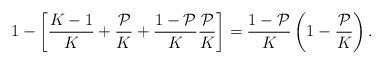
LaTeX: \begin{align*}1-\left[ \frac{K-1}{K}+\frac{\mathcal{P}}{K}+\frac{1-\mathcal{P}}{K}\frac{\mathcal{P}}{K}\right]=\frac{1-\mathcal{P}}{K}\left( 1-\frac{\mathcal{P}}{K}\right).\end{align*}